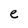
Character: e